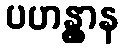
ပဟန္တွာန